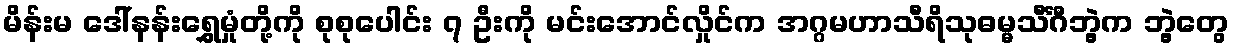
မိန်းမ ဒေါ်နန်းရွှေမှုံတို့ကို စုစုပေါင်း ၇ ဦးကို မင်းအောင်လှိုင်က အဂ္ဂမဟာသီရိသုဓမ္မသီင်္ဂီဘွဲ့က ဘွဲ့တွေ